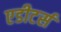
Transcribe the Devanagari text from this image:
एडीटर्स